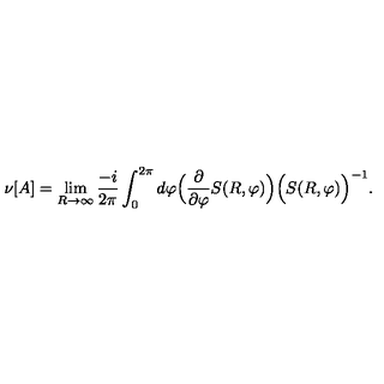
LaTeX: \nu [ A ] = \lim _ { R \rightarrow \infty } \frac { - i } { 2 \pi } \int _ { 0 } ^ { 2 \pi } d \varphi \Big ( \frac { \partial } { \partial \varphi } S ( R , \varphi ) \Big ) \Big ( S ( R , \varphi ) \Big ) ^ { - 1 } .